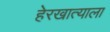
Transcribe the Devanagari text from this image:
हेरखात्याला